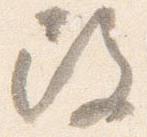
改